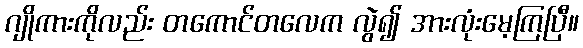
ဂျိုကားကိုလည်း တကောင်တလေက လွဲ၍ အားလုံးမေ့ကြပြီ။